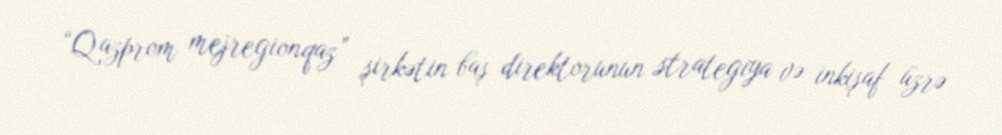
“Qazprom mejregionqaz” şirkətin baş direktorunun strategiya və inkişaf üzrə